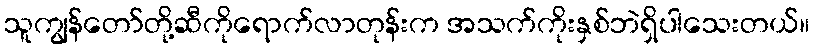
သူကျွန်တော်တို့ဆီကိုရောက်လာတုန်းက အသက်ကိုးနှစ်ဘဲရှိပါသေးတယ်။